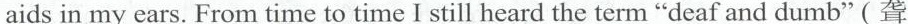
aids in my cars. From time to time I still heard the term "deaf and dumb" (聋